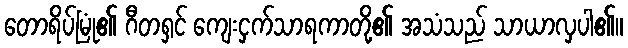
တောရိပ်မြုံ၏ ဂီတရှင် ကျေးငှက်သာရကာတို့၏ အသံသည် သာယာလှပါ၏။